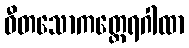
ဝီတသောကတ္ထေရဂါထာ